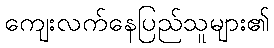
ကျေးလက်နေပြည်သူများ၏